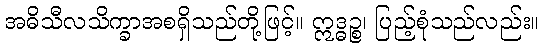
အဓိသီလသိက္ခာအစရှိသည်တို့ဖြင့်။ ဣဒ္ဓဉ္စ၊ ပြည့်စုံသည်လည်း။